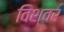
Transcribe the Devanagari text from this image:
विश्वर